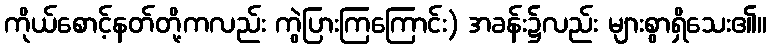
ကိုယ်စောင့်နတ်တို့ကလည်း ကွဲပြားကြကြောင်း) အခန်း၌လည်း များစွာရှိသေး၏။